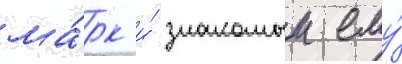
ма́рк и́ знакомыи ему́